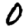
Digit: 0